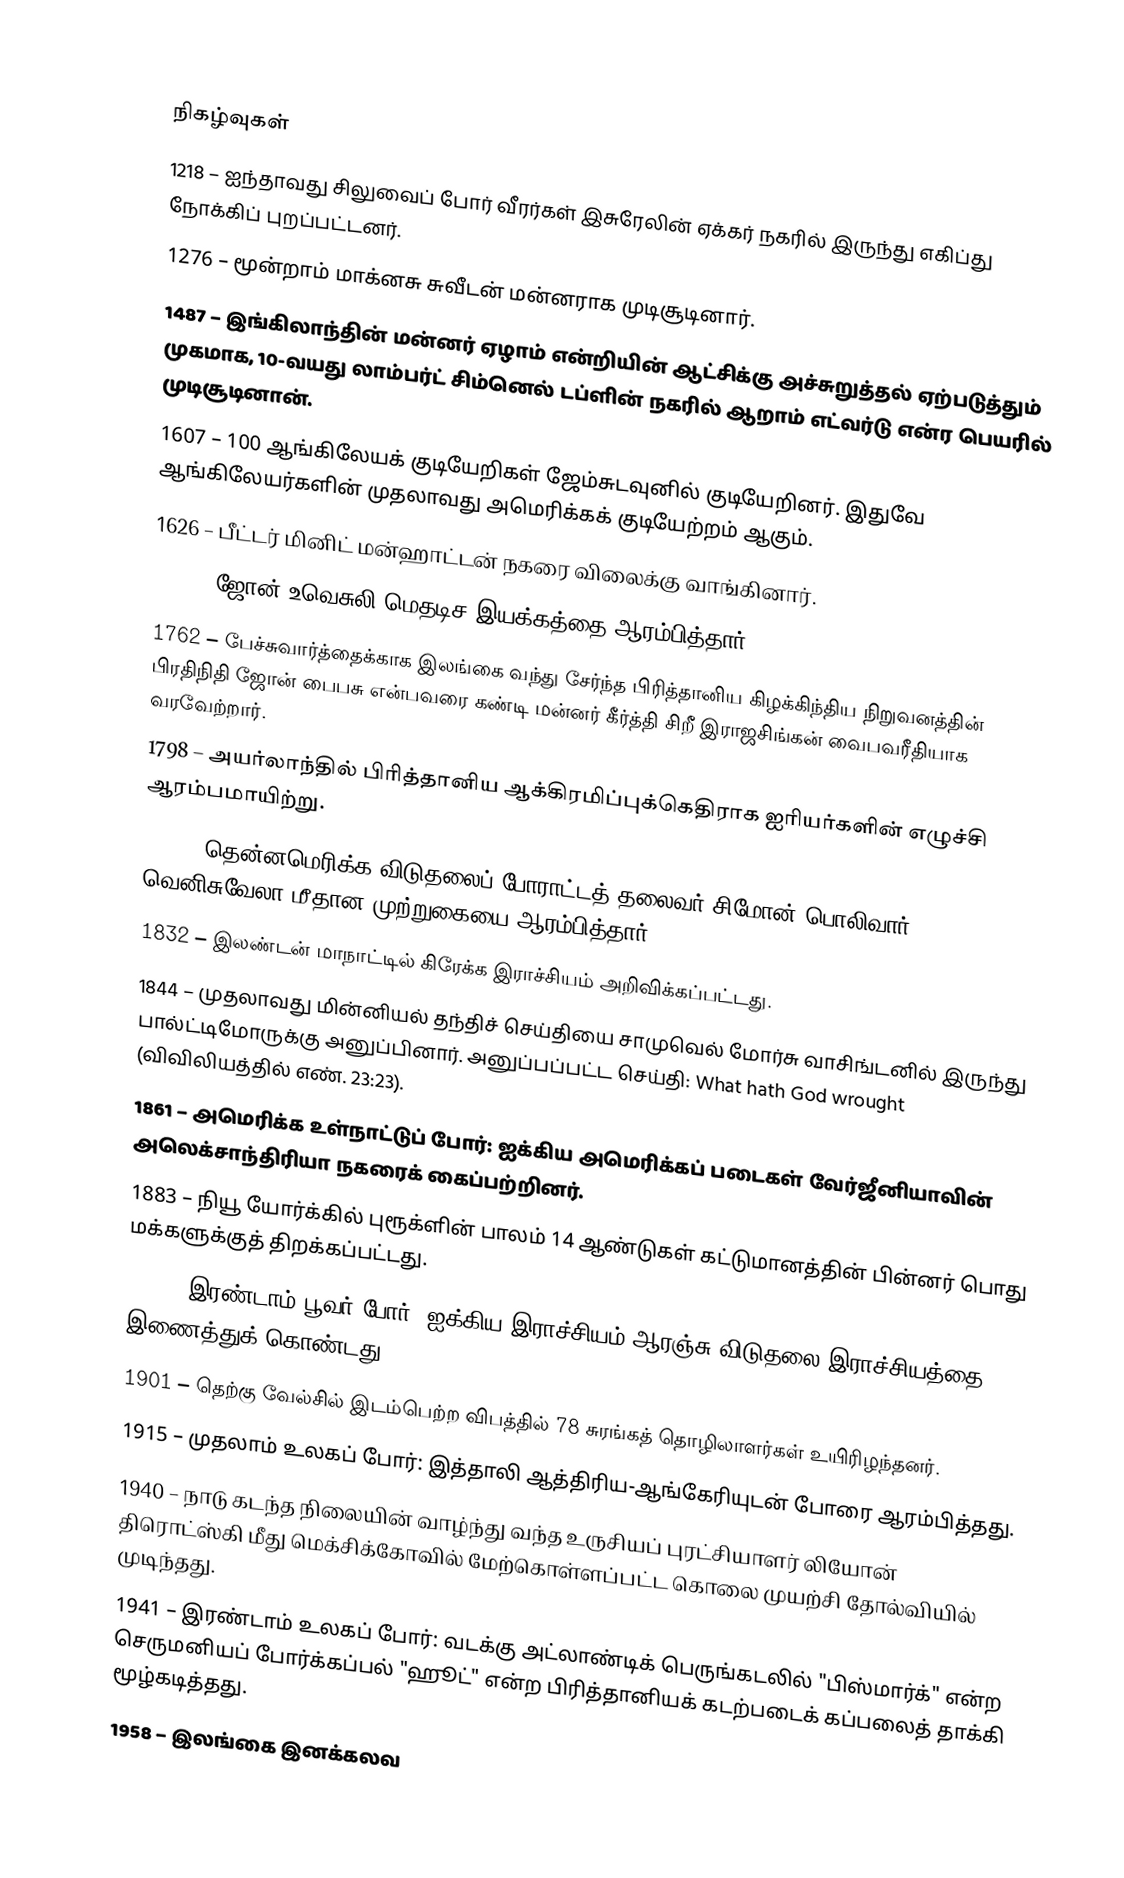

நிகழ்வுகள்
1218 – ஐந்தாவது சிலுவைப் போர் வீரர்கள் இசுரேலின் ஏக்கர் நகரில் இருந்து எகிப்து நோக்கிப் புறப்பட்டனர்.
1276 – மூன்றாம் மாக்னசு சுவீடன் மன்னராக முடிசூடினார்.
1487 – இங்கிலாந்தின் மன்னர் ஏழாம் என்றியின் ஆட்சிக்கு அச்சுறுத்தல் ஏற்படுத்தும் முகமாக, 10-வயது லாம்பர்ட் சிம்னெல் டப்ளின் நகரில் ஆறாம் எட்வர்டு என்ர பெயரில் முடிசூடினான்.
1607 – 100 ஆங்கிலேயக் குடியேறிகள் ஜேம்சுடவுனில் குடியேறினர். இதுவே ஆங்கிலேயர்களின் முதலாவது அமெரிக்கக் குடியேற்றம் ஆகும்.
1626 – பீட்டர் மினிட் மன்ஹாட்டன் நகரை விலைக்கு வாங்கினார்.
1738 – ஜோன் உவெசுலி மெதடிச இயக்கத்தை ஆரம்பித்தார்.
1762 – பேச்சுவார்த்தைக்காக இலங்கை வந்து சேர்ந்த பிரித்தானிய கிழக்கிந்திய நிறுவனத்தின் பிரதிநிதி ஜோன் பைபசு என்பவரை கண்டி மன்னர் கீர்த்தி சிறீ இராஜசிங்கன் வைபவரீதியாக வரவேற்றார்.
1798 – அயர்லாந்தில் பிரித்தானிய ஆக்கிரமிப்புக்கெதிராக ஐரியர்களின் எழுச்சி ஆரம்பமாயிற்று.
1813 – தென்னமெரிக்க விடுதலைப் போராட்டத் தலைவர் சிமோன் பொலிவார் வெனிசுவேலா மீதான முற்றுகையை ஆரம்பித்தார்.
1832 – இலண்டன் மாநாட்டில் கிரேக்க இராச்சியம் அறிவிக்கப்பட்டது.
1844 – முதலாவது மின்னியல் தந்திச் செய்தியை சாமுவெல் மோர்சு வாசிங்டனில் இருந்து பால்ட்டிமோருக்கு அனுப்பினார். அனுப்பப்பட்ட செய்தி: What hath God wrought (விவிலியத்தில் எண். 23:23).
1861 – அமெரிக்க உள்நாட்டுப் போர்: ஐக்கிய அமெரிக்கப் படைகள் வேர்ஜீனியாவின் அலெக்சாந்திரியா நகரைக் கைப்பற்றினர்.
1883 – நியூ யோர்க்கில் புரூக்ளின் பாலம் 14 ஆண்டுகள் கட்டுமானத்தின் பின்னர் பொது மக்களுக்குத் திறக்கப்பட்டது.
1900 – இரண்டாம் பூவர் போர்: ஐக்கிய இராச்சியம் ஆரஞ்சு விடுதலை இராச்சியத்தை இணைத்துக் கொண்டது.
1901 – தெற்கு வேல்சில் இடம்பெற்ற விபத்தில் 78 சுரங்கத் தொழிலாளர்கள் உயிரிழந்தனர்.
1915 – முதலாம் உலகப் போர்: இத்தாலி ஆத்திரிய-ஆங்கேரியுடன் போரை ஆரம்பித்தது.
1940 – நாடு கடந்த நிலையின் வாழ்ந்து வந்த உருசியப் புரட்சியாளர் லியோன் திரொட்ஸ்கி மீது மெக்சிக்கோவில் மேற்கொள்ளப்பட்ட கொலை முயற்சி தோல்வியில் முடிந்தது.
1941 – இரண்டாம் உலகப் போர்: வடக்கு அட்லாண்டிக் பெருங்கடலில் "பிஸ்மார்க்" என்ற செருமனியப் போர்க்கப்பல் "ஹூட்" என்ற பிரித்தானியக் கடற்படைக் கப்பலைத் தாக்கி மூழ்கடித்தது.
1958 – இலங்கை இனக்கலவ